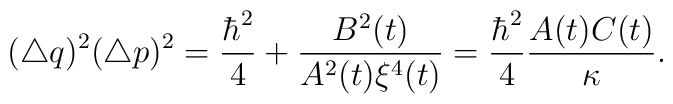
(\triangle q)^{2}(\triangle p)^{2}=\frac{\hbar^{2}}{4}+\frac{B^{2}(t)}{A^{2}(t)\xi^{4}(t)}=\frac{\hbar^{2}}{4}\frac{A(t)C(t)}{\kappa}.